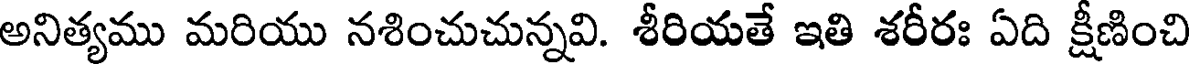
అనిత్యము మరియు నశించుచున్నవి. శీరియతే ఇతి శరీరః ఏది క్షీణించి